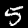
Label: 5